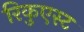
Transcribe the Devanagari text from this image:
रिकुएस्ट